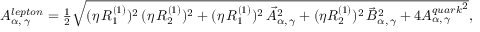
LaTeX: A _ { \alpha , \, \gamma } ^ { l e p t o n } = \textstyle { \frac { 1 } { 2 } } \sqrt { ( \eta \, { R _ { 1 } ^ { ( 1 ) } } ) ^ { 2 } \, ( \eta \, { R _ { 2 } ^ { ( 1 ) } } ) ^ { 2 } + ( \eta \, { R _ { 1 } ^ { ( 1 ) } } ) ^ { 2 } \, { \vec { \cal A } _ { \alpha , \, \gamma } } ^ { 2 } + ( \eta { R _ { 2 } ^ { ( 1 ) } } ) ^ { 2 } \, { \vec { \cal B } _ { \alpha , \, \gamma } } ^ { 2 } + 4 { A _ { \alpha , \, \gamma } ^ { q u a r k } } ^ { 2 } } ,